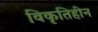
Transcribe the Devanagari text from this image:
विकृतिहीन